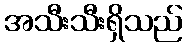
အသီးသီးရှိသည်